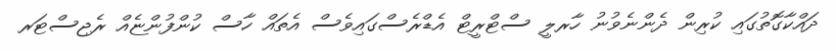
ދައްކާގޮތުގައި ކުރިން ދެންނެވުނު ހާރލީ ސްޓްރީޓް އެޑްރެސްގައިވެސް އެތައް ހާސް ކުންފުންޏެއް ރެޖިސްޓަރ